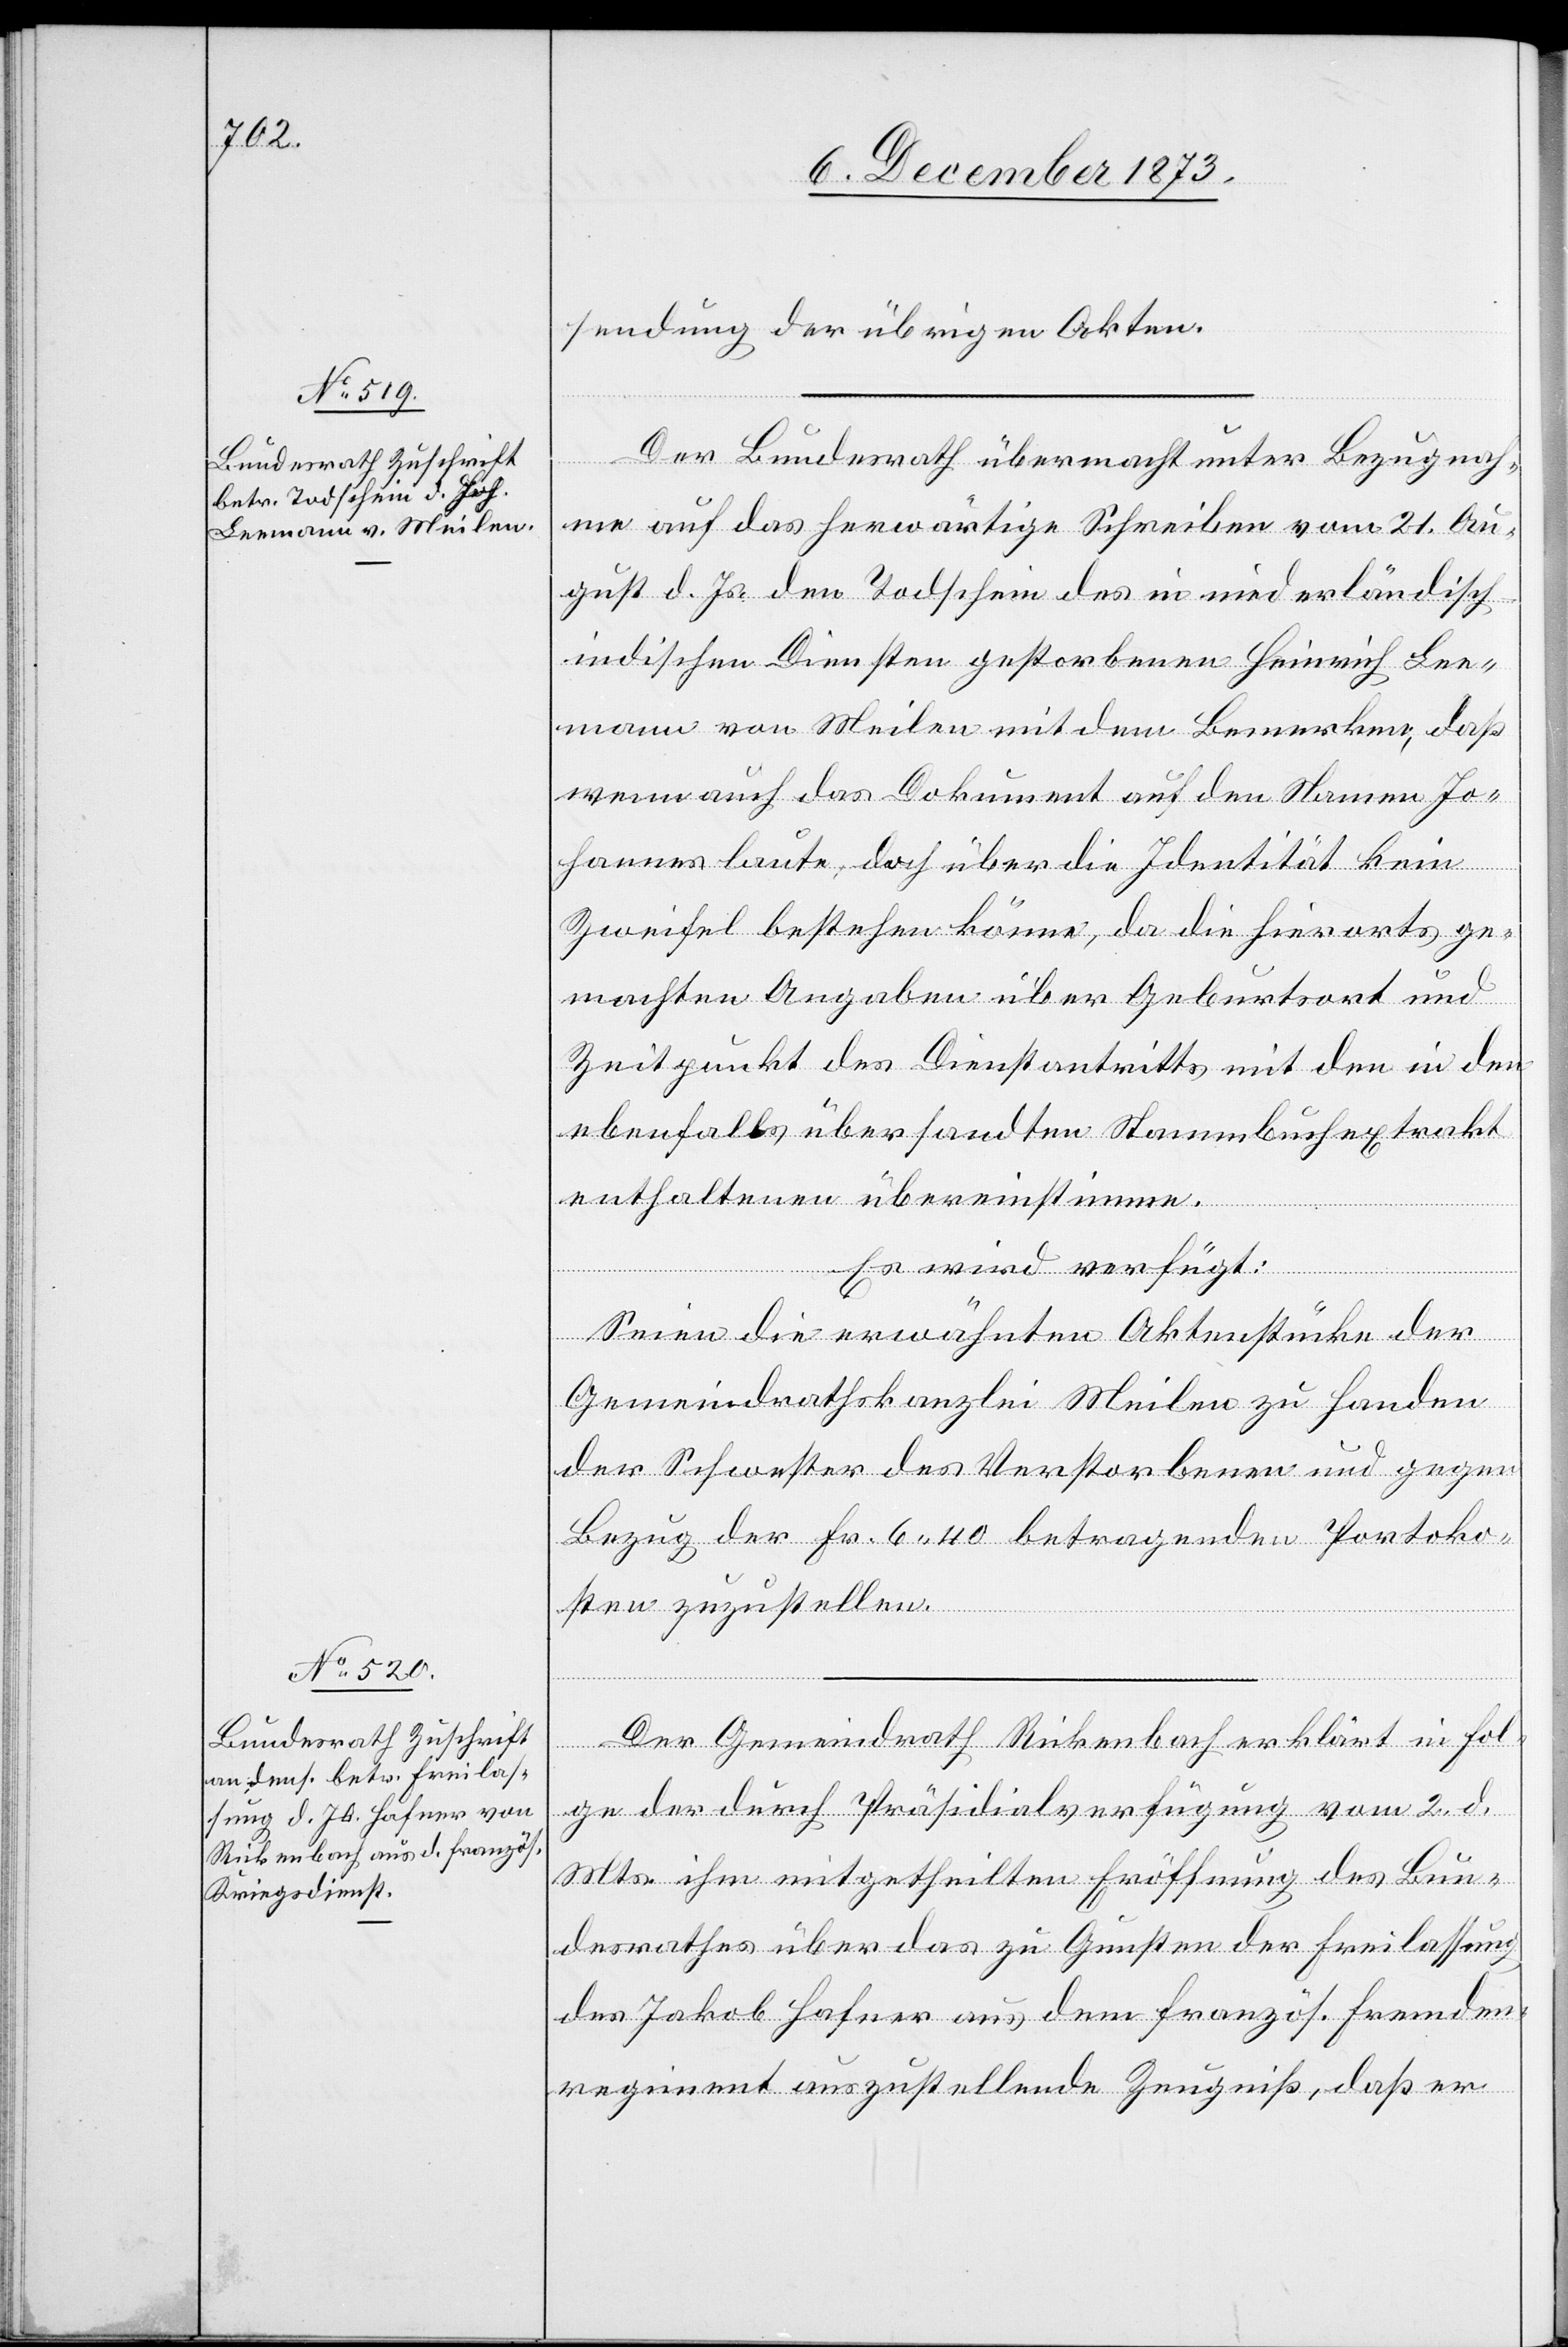
8. December 1873.]
sendung der übrigen Akten.
Der Bundesrath übermacht unter Bezugnah¬
me auf das herwärtige Schreiben vom 21. Au¬
gust d. Js. den Todschein des in niederländisch-i¬
ndischen Diensten gestorbenen Heinrich Lee¬
mann von Meilen mit dem Bemerken, daß
wenn auch das Dokument auf den Namen Jo¬
hannes laute, doch über die Identität kein
Zweifel bestehen könne, da die hierorts ge¬
machten Angaben über Geburtsort und
Zeitpunkt des Dienstantritts mit den in den
ebenfalls übersandten Stammbuchextrakt
enthaltenen übereinstimme.
Es wird verfügt:
Seien die erwähnten Aktenstücke der
Gemeindrathskanzlei Meilen zu Handen
der Schwester des Verstorbenen und gegen
Bezug der Fr. 6 40 betragenden Portoko¬
sten zuzustellen.
Der Gemeindrath Rickenbach erklärt in Fol¬
ge der durch Präsidialverfügung vom 2. d.
Mts. ihm mitgetheilten Eröffnung des Bun¬
desrathes über das zu Gunsten der Freilassung
des Jakob Hafner aus dem französ. Fremden¬
regiment auszustellende Zeugniß, daß er